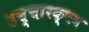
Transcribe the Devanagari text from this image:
उच्चारक्षम